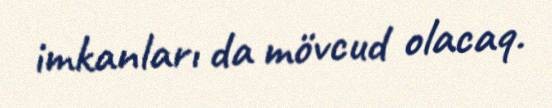
imkanları da mövcud olacaq.